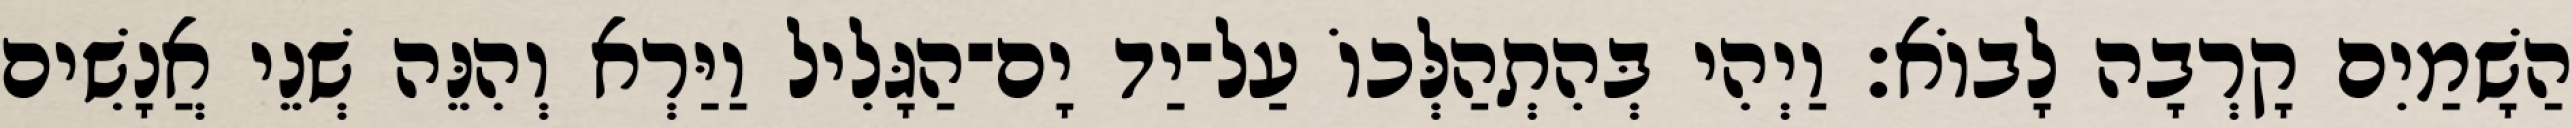
הַשָׁמַיִם קָרְבָה לָבוֹא׃ וַיְהִי בְּהִתְהַלְּכוֹ עַל־יַד יָם־הַגָּלִיל וַיַּרְא וְהִנֵּה שְׁנֵי אֲנָשִׁים